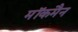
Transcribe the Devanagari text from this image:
मॉकमैन